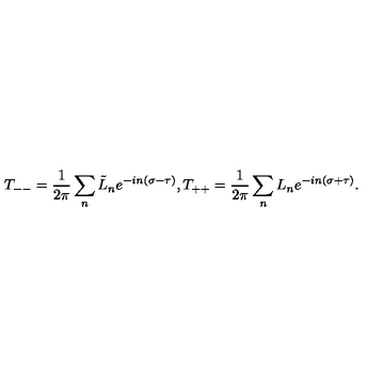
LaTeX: T _ { -- } = \frac { 1 } { 2 \pi } \sum _ { n } \tilde { L } _ { n } e ^ { - i n ( \sigma - \tau ) } , T _ { + + } = \frac { 1 } { 2 \pi } \sum _ { n } L _ { n } e ^ { - i n ( \sigma + \tau ) } .